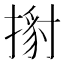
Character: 𢱹